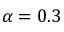
\alpha = 0 . 3